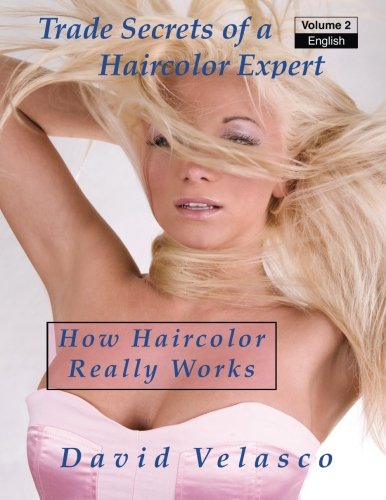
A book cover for How Haircolor Really Works (Trade Secrets of a Haircolor Expert) (Volume 2); David Velasco; Education & Teaching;